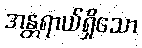
အန္တရာယ်ရှိသော